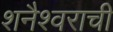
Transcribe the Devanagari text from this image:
शनैश्वराची